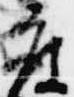
度